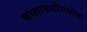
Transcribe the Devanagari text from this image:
कालावधीमधील